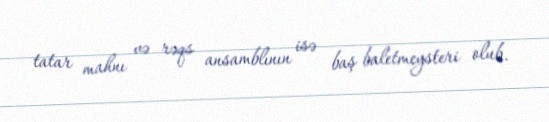
tatar mahnı və rəqs ansamblının isə baş baletmeysteri olub.